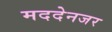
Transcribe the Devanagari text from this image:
मददेनजर